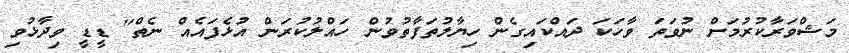
މަޝްވަރާކުރުމަށް ނުވަތަ ވާހަކަ ދައްކައިގެން ހިޔާލުތަފާތުވުން ހައްލުކުރަން އުޅެފައެއް ނެތް" ޑީޑީ ވިދާޅުވި